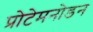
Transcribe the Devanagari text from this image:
प्रोटेमनोडन